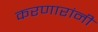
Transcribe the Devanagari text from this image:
करणारांनी